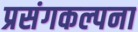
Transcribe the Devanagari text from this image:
प्रसंगकल्पना